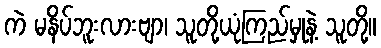
ကဲ မနိပ်ဘူးလားဗျာ၊ သူတို့ယုံကြည်မှုနဲ့ သူတို့။